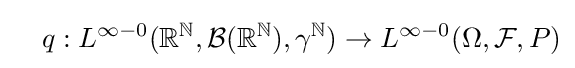
\quad q:L^{\infty -0}(\mathbb {R} ^{\mathbb {N} },{\mathcal {B}}(\mathbb {R} ^{\mathbb {N} }),\gamma ^{\mathbb {N} })\to L^{\infty -0}(\Omega ,{\mathcal {F}},P)